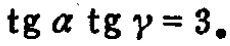
\(\operatorname{tg} \alpha \operatorname{tg} \gamma=3\)